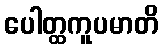
ပေါတ္ထကူပမာတိ